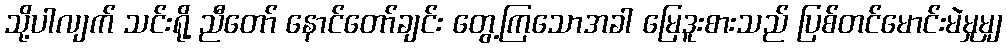
သို့ပါလျက် သင်းရို့ ညီတော် နောင်တော်ချင်း တွေ့ကြသောအခါ မြေဒူးစားသည် ပြစ်တင်မောင်းမဲမှုမျှ